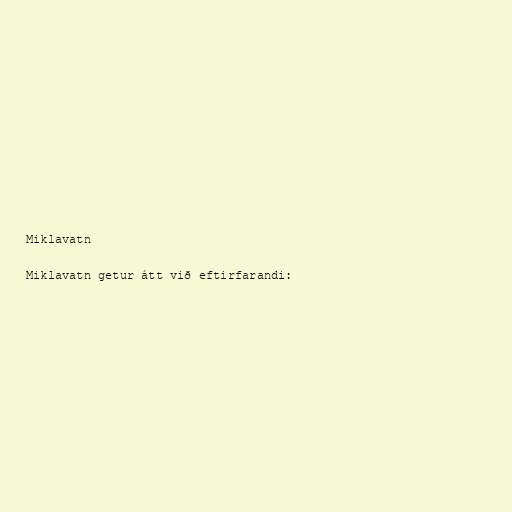
Miklavatn

Miklavatn getur átt við eftirfarandi: